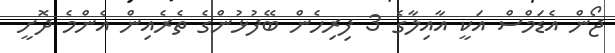
ޖޯން އެޑަމްސް އަކީ އާއިލާގެ 3 ފިރިހެން ބޭފުޅުންގެ ތެރެއިން އެންމެ ދޮށީ